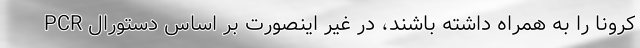
PCR کرونا را به همراه داشته باشند، در غیر اینصورت بر اساس دستورال